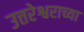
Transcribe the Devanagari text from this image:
उत्तरेश्वराच्या